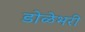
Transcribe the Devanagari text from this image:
डोळेभरी